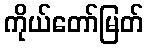
ကိုယ်တော်မြတ်